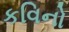
કવિનો